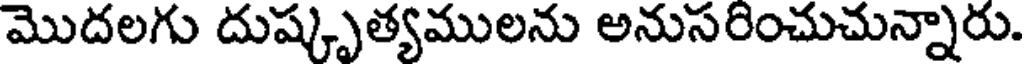
మొదలగు దుష్కృత్యములను అనుసరించుచున్నారు.